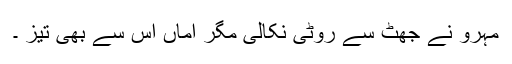
مہرو نے جھٹ سے روٹی نکالی مگر اماں اس سے بھی تیز ۔